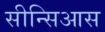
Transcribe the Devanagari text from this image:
सीन्सिआस